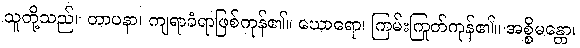
သူတို့သည်။ တာပနာ၊ ကျရာခံရာဖြစ်ကုန်၏။ ဃောရော၊ ကြမ်းကြုတ်ကုန်၏။ အစ္စိမန္တော၊